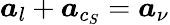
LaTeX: \boldsymbol{a}_{l}+\boldsymbol{a}_{c_{S}}=\boldsymbol{a}_{\nu}